Civil Veterinary Dept. Assam report 1927-50 - 1927-1950
Year: 1927
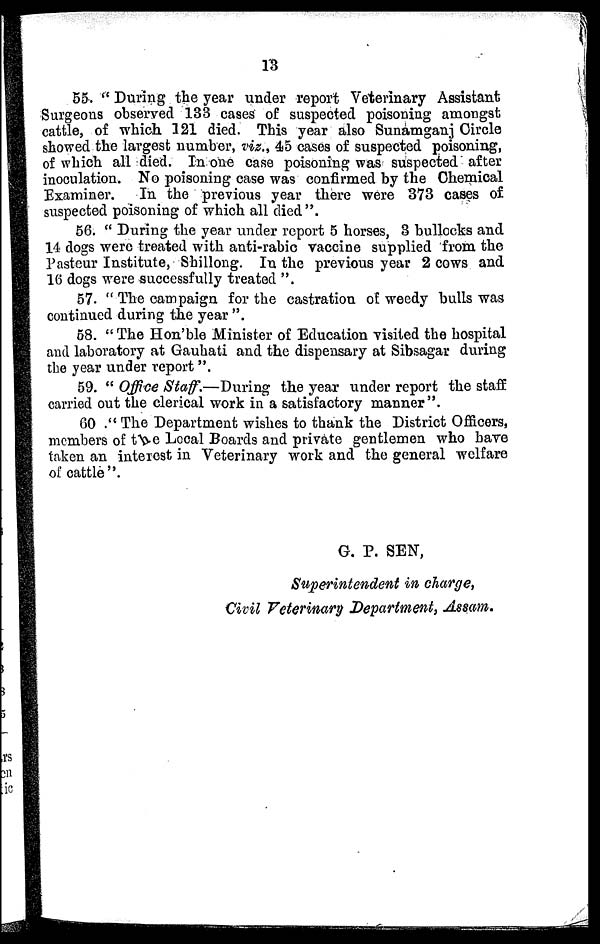
13
55. "During the year under report Veterinary Assistant
Surgeons observed 133 cases of suspected poisoning amongst
cattle, of which 121 died. This year also Sunamganj Circle
showed the largest number, viz., 45 cases of suspected poisoning,
of which all died. In one case poisoning was suspected after
inoculation. No poisoning case was confirmed by the Chemical
Examiner.
In the previous year there were 373 cases of
suspected poisoning of which all died".
56. "During the year under report 5 horses, 3 bullocks and
14 dogs were treated with anti-rabic vaccine supplied from the
Pasteur Institute, Shillong. In the previous year 2 cows and
16 dogs were successfully treated".
57. "The campaign for the castration of weedy bulls was
continued during the year".
58. "The Hon'ble Minister of Education visited the hospital
and laboratory at Gauhati and the dispensary at Sibsagar during
the year under report".
59. "Office Staff.—During the year under report the staff
carried out the clerical work in a satisfactory manner".
60 ."The Department wishes to thank the District Officers,
members of the Local Boards and private gentlemen who have
taken an interest in Veterinary work and the general welfare
of cattle".
G. P. SEN,
Superintendent in charge,
Civil Veterinary Department, Assam.